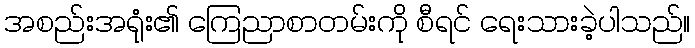
အစည်းအရုံး၏ ကြေညာစာတမ်းကို စီရင် ရေးသားခဲ့ပါသည်။